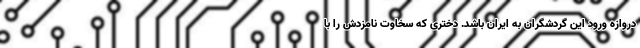
دروازه ورود این گردشگران به ایران باشد. دختری که سخاوت نامزدش را با